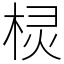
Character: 棂